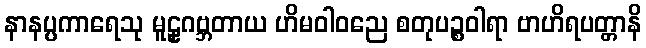
နာနပ္ပကာရေသု မူဠှဂဗ္ဘတာယ ဟိမဝါဝညေ စတုပဉ္စဝါရာ ဗာဟိရပတ္တာနိ